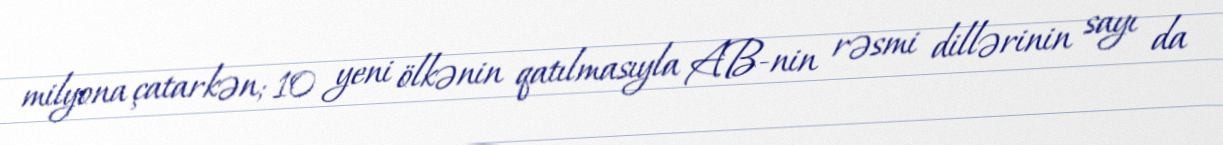
milyona çatarkən; 10 yeni ölkənin qatılmasıyla AB-nin rəsmi dillərinin sayı da